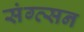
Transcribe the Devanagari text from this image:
संग्त्सन